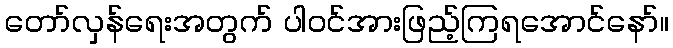
တော်လှန်ရေးအတွက် ပါဝင်အားဖြည့်ကြရအောင်နော်။